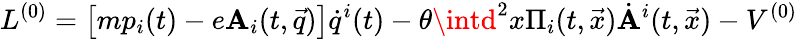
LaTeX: {L}^{(0)}=\left[mp_{i}(t)-e\mathbf{A}_{i}(t,\vec{{q}})\right]\dot{{q}}^{i}(t)-\theta\intd^{2}x\Pi_{i}(t,\vec{{x}})\dot{{\mathbf{A}}}^{i}(t,\vec{{x}})-V^{(0)}